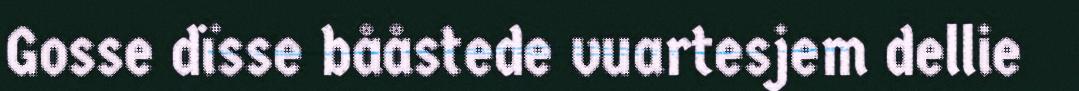
Gosse dïsse bååstede vuartesjem dellie